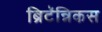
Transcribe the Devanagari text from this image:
ब्रिटॅन्निकस